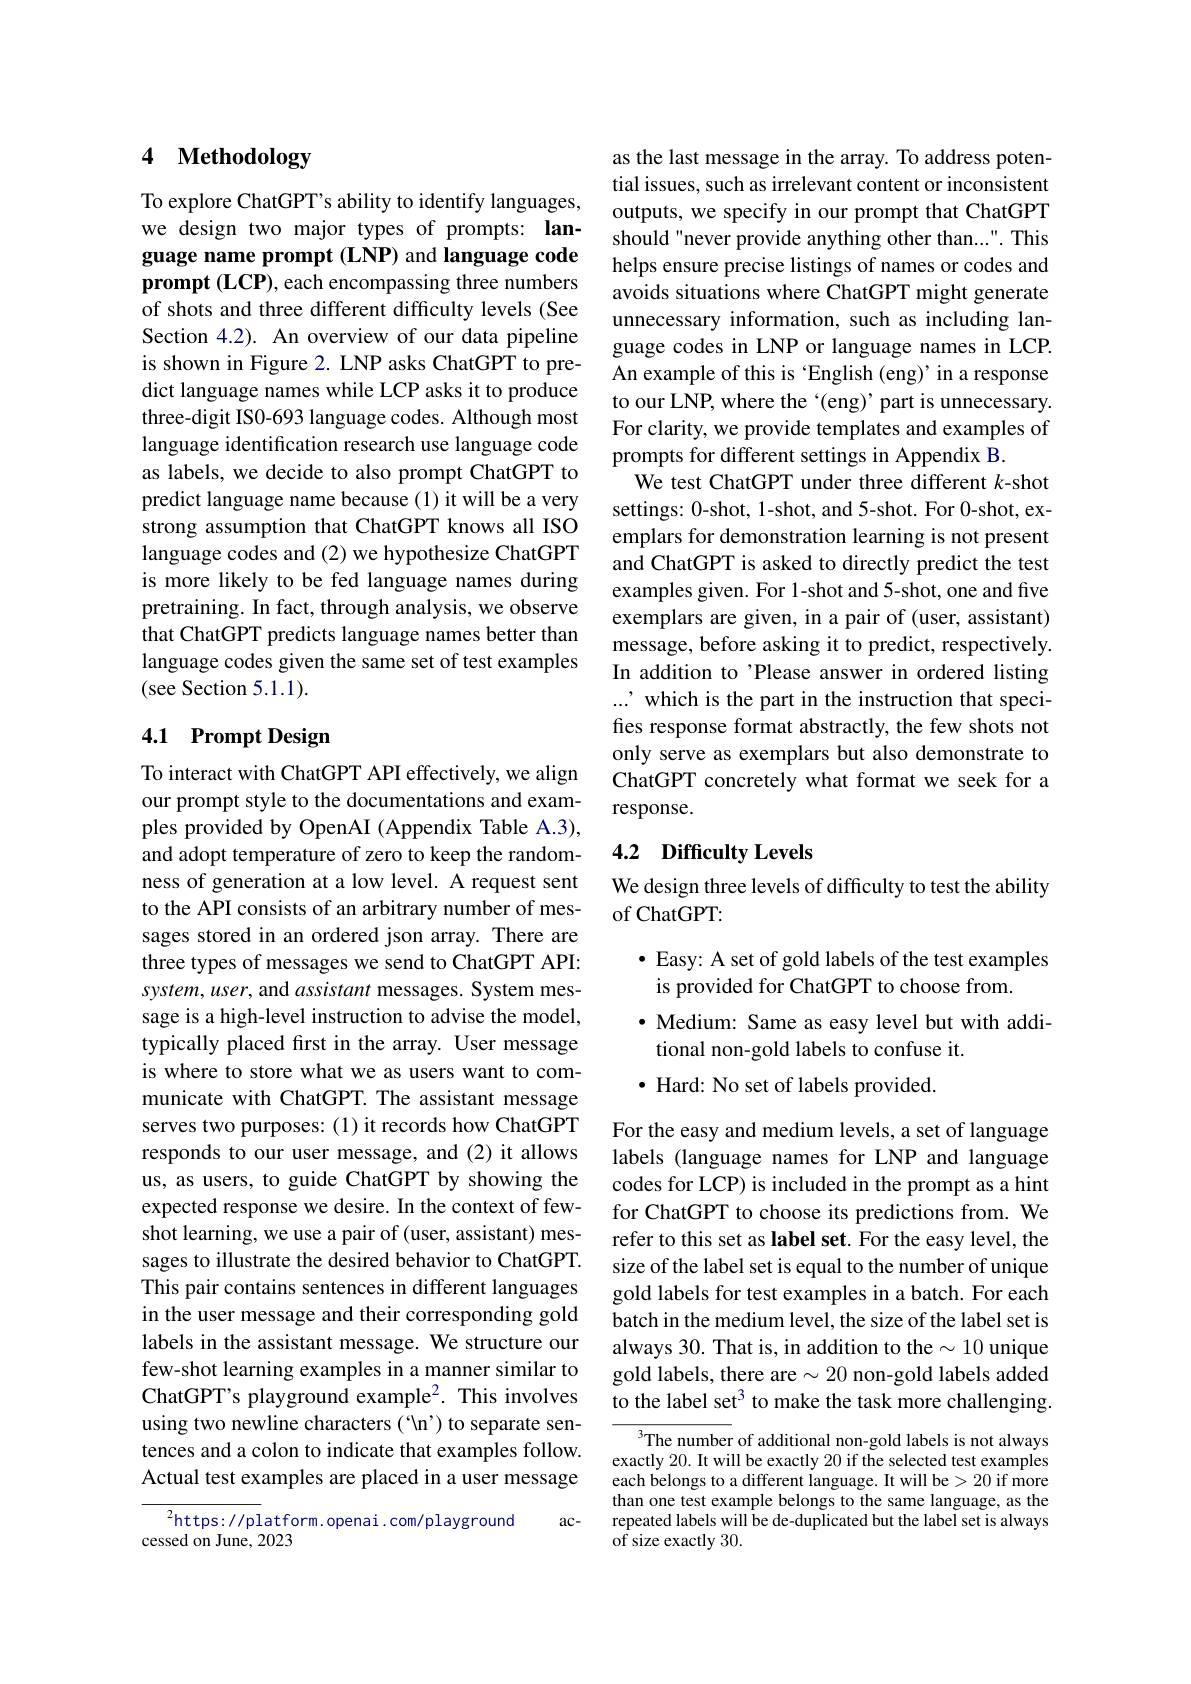
# 4 Methodology

To explore ChatGPT's ability to identify languages, we design two major types of prompts: language name prompt (LNP) and language code prompt $(\mathbf{LCP})$, each encompassing three numbers of shots and three different difficulty levels (See Section 4.2). An overview of our data pipeline is shown in Figure 2. LNP asks ChatGPT to predict language names while LCP asks it to produce three-digit IS0-693 language codes. Although most language identification research use language code as labels, we decide to also prompt ChatGPT to predict language name because (1) it will be a very strong assumption that ChatGPT knows all ISO language codes and (2) we hypothesize ChatGPT is more likely to be fed language names during pretraining. In fact, through analysis, we observe that ChatGPT predicts language names better than language codes given the same set of test examples (see Section 5.1.1).

## 4.1 Prompt Design

To interact with ChatGPT API effectively, we align our prompt style to the documentations and examples provided by OpenAI (Appendix Table A.3), and adopt temperature of zero to keep the randomness of generation at a low level. A request sent to the API consists of an arbitrary number of messages stored in an ordered json array. There are three types of messages we send to ChatGPT API: system, user, and assistant messages. System message is a high-level instruction to advise the model, typically placed first in the array. User message is where to store what we as users want to communicate with ChatGPT. The assistant message serves two purposes: (1) it records how ChatGPT responds to our user message, and (2) it allows us, as users, to guide ChatGPT by showing the expected response we desire. In the context of fewshot learning, we use a pair of (user, assistant) messages to illustrate the desired behavior to ChatGPT. This pair contains sentences in different languages in the user message and their corresponding gold labels in the assistant message. We structure our few-shot learning examples in a manner similar to ChatGPT's playground example2. This involves using two newline characters(“n') to separate sentences and a colon to indicate that examples follow. Actual test examples are placed in a user message
${{^{2}}\mathrm{https://pl}}$atform.openai.com/playground
$ac-$

cessed on June, 2023

as the last message in the array. To address potential issues, such as irrelevant content or inconsistent outputs, we specify in our prompt that ChatGPT should "never provide anything other than...". This helps ensure precise listings of names or codes and avoids situations where ChatGPT might generate unnecessary information, such as including language codes in LNP or language names in LCP. An example of this is 'English (eng)' in a response to our LNP, where the '(eng)' part is unnecessary. For clarity, we provide templates and examples of prompts for different settings in Appendix B.
We test ChatGPT under three different $k$-shot settings: 0-shot, 1-shot, and 5-shot. For 0-shot, exemplars for demonstration learning is not present and ChatGPT is asked to directly predict the test examples given. For 1-shot and 5-shot, one and five exemplars are given, in a pair of (user, assistant) message, before asking it to predict, respectively. In addition to'Please answer in ordered listing ...' which is the part in the instruction that specifies response format abstractly, the few shots not only serve as exemplars but also demonstrate to ChatGPT concretely what format we seek for a response.

## 4.2 Difficulty Levels

We design three levels of difficulty to test the ability
of ChatGPT:

· Easy: A set of gold labels of the test examples
is provided for ChatGPT to choose from.
$\bullet$ Medium: Same as easy level but with addi-
tional non-gold labels to confuse it.
$\bullet$ Hard: No set of labels provided.

For the easy and medium levels, a set of language labels (language names for LNP and language codes for LCP) is included in the prompt as a hint for ChatGPT to choose its predictions from. We refer to this set as label set. For the easy level, the size of the label set is equal to the number of unique gold labels for test examples in a batch. For each batch in the medium level, the size of the label set is always 30. That is, in addition to the$\sim10$ unique gold labels, there are $\sim20$ non-gold labels added to the label set$^3$ to make the task more challenging.

$^3$The number of additional non-gold labels is not always exactly 20. It will be exactly 20 if the selected test examples each belongs to a different language. It will be>20 if more than one test example belongs to the same language, as the repeated labels will be de-duplicated but the label set is always of size exactly 30.